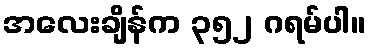
အလေးချိန်က ၃၅၂ ဂရမ်ပါ။